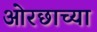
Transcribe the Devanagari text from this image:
ओरछाच्या